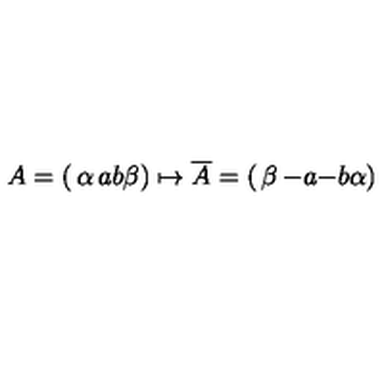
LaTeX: A = \left( \begin{matrix} { \alpha } & { a } \\ { b } & { \beta } \\ \end{matrix} \right) \mapsto \overline { { A } } = \left( \begin{matrix} { \beta } & { - a } \\ { - b } & { \alpha } \\ \end{matrix} \right)